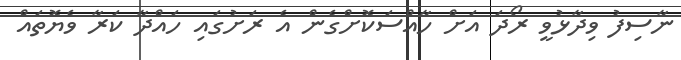
ނާސިފު ވިދާޅުވީ ރޯދަ އަށް ހާއްސަކޮށްގެން އެ ރަށުގައި ހައްދާ ކަރާ ވެޔޮތައް